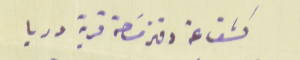
كشف عن دفتر مسَاحة قرية دريا